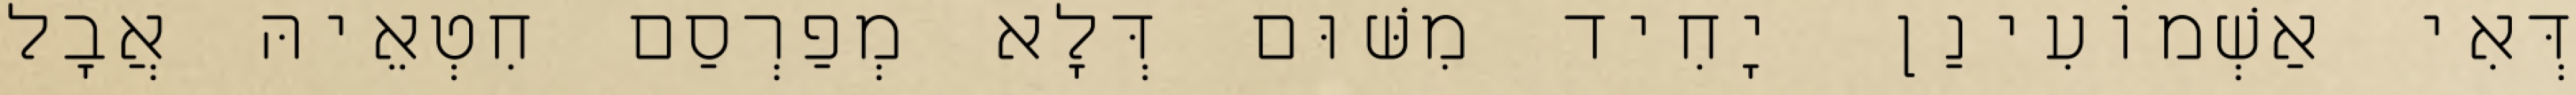
דְּאִי אַשְׁמוֹעִינַן יָחִיד מִשּׁוּם דְּלָא מְפַרְסַם חִטְאֵיהּ אֲבָל